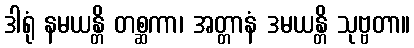
ဒါရုံ နမယန္တိ တစ္ဆကာ၊ အတ္တာနံ ဒမယန္တိ သုဗ္ဗတာ။